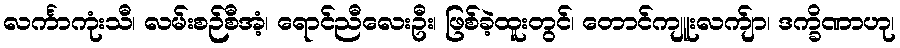
လင်္ကာကုံးသီ၊ လမ်းစဉ်စီအံ့၊ ရောင်ညီလေးဦး၊ ဖြစ်ခဲ့ထူးတွင်၊ တောင်ကျူးလက်ျာ၊ ဒက္ခိဏာဟု၊